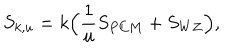
S _ { k , u } = k \Big ( { \frac { 1 } { u } } S _ { P C M } + S _ { W Z } \Big ) ,